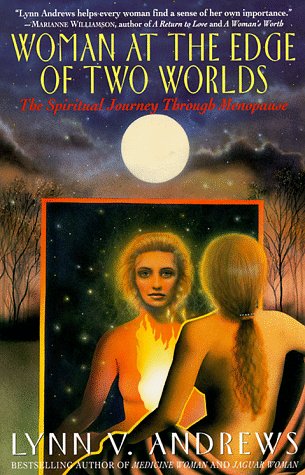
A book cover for Woman at the Edge of Two Worlds; Lynn V. Andrews; Health, Fitness & Dieting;